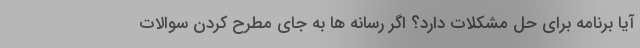
آیا برنامه برای حل مشکلات دارد؟ اگر رسانه ها به جای مطرح کردن سوالات